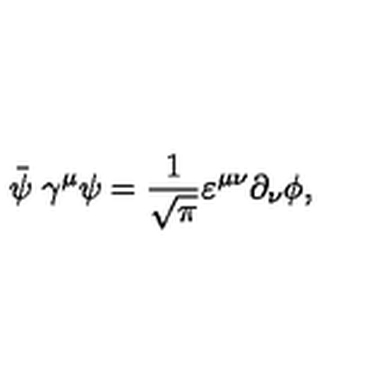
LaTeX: \stackrel { \_ } { \psi } \gamma ^ { \mu } \psi = \frac { 1 } { \sqrt { \pi } } \varepsilon ^ { \mu \nu } \partial _ { \nu } \phi ,